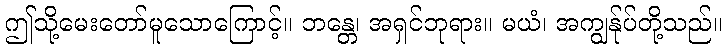
ဤသို့မေးတော်မူသောကြောင့်။ ဘန္တေ၊ အရှင်ဘုရား။ မယံ၊ အကျွန်ုပ်တို့သည်။